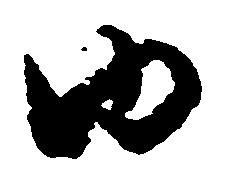
ゆ